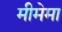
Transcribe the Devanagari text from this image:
मीमेमा